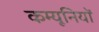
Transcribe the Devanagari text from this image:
कम्यूनियों